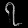
Digit: ၇